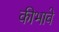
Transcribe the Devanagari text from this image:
कीभावे